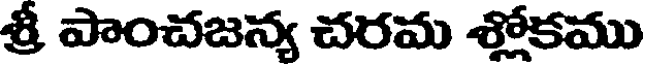
శ్రీ పాంచజన్య చరమ శ్లోకము